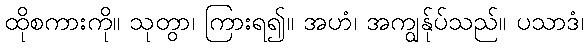
ထိုစကားကို။ သုတွာ၊ ကြားရ၍။ အဟံ၊ အကျွန်ုပ်သည်။ ပသာဒံ၊